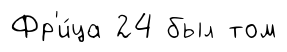
Фр'и́ца 24 был том